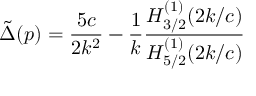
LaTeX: \tilde { \Delta } ( p ) = \frac { 5 c } { 2 k ^ { 2 } } - \frac { 1 } { k } \frac { H _ { 3 / 2 } ^ { ( 1 ) } ( 2 k / c ) } { H _ { 5 / 2 } ^ { ( 1 ) } ( 2 k / c ) }